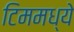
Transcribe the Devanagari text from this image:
टिममध्ये